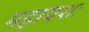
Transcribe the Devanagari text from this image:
महायशः